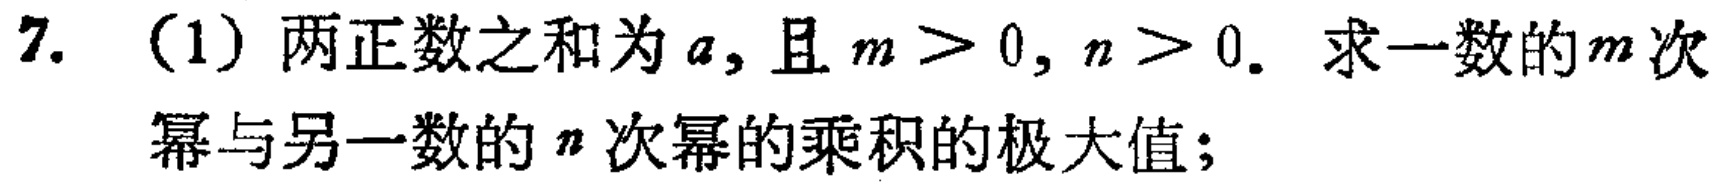
7. (1) 两正数之和为\(a\), 且\(m > 0, n > 0\). 求一数的\(m\)次幂与另一数的\(n\)次幂的乘积的极大值;